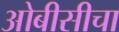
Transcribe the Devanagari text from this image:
ओबीसीचा